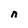
Character: n